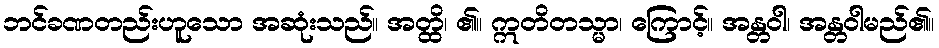
ဘင်ခဏတည်းဟူသော အဆုံးသည်။ အတ္ထိ၊ ၏။ ဣတိတသ္မာ၊ ကြောင့်။ အန္တဝါ၊ အန္တဝါမည်၏။